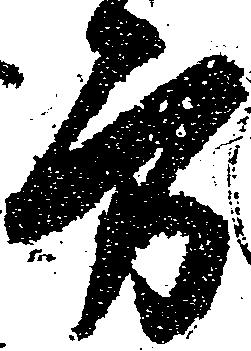
方